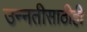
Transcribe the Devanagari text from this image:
उन्नतीसाठीही